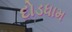
દોડધામ